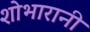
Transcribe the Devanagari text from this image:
शोभारानी